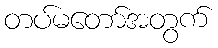
တပ်မတော်အတွက်